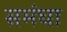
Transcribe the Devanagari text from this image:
समंघा